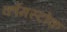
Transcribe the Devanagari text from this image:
कॉमस्टोक